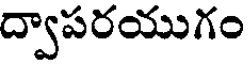
ద్వాపరయుగం